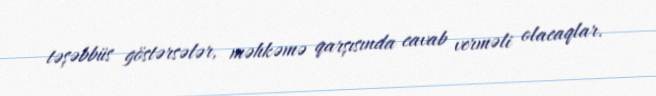
təşəbbüs göstərsələr, məhkəmə qarşısında cavab verməli olacaqlar.